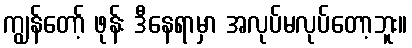
ကျွန်တော့် ဖုန်း ဒီနေရာမှာ အလုပ်မလုပ်တော့ဘူး။